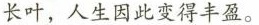
长叶，人生因此变得丰盈。